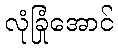
လုံခြုံအောင်